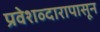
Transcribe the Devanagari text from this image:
प्रवेशव्दारापासून